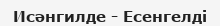
Исәнгилде - Есенгелді